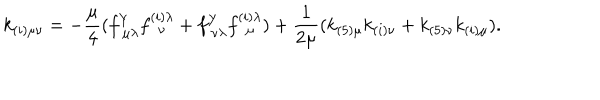
k _ { ( i ) \mu \nu } = - { \frac { \mu } { 4 } } ( f _ { ~ \mu \lambda } ^ { Y } f _ { ~ ~ \nu } ^ { ( i ) \lambda } + f _ { ~ \nu \lambda } ^ { Y } f _ { ~ ~ \mu } ^ { ( i ) \lambda } ) + { \frac { 1 } { 2 \mu } } ( k _ { ( 5 ) \mu } k _ { ( i ) \nu } + k _ { ( 5 ) \nu } k _ { ( i ) \mu } ) .